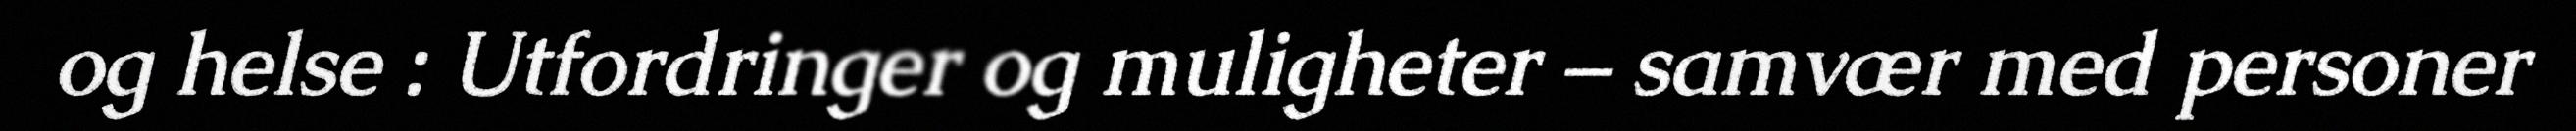
og helse : Utfordringer og muligheter – samvær med personer